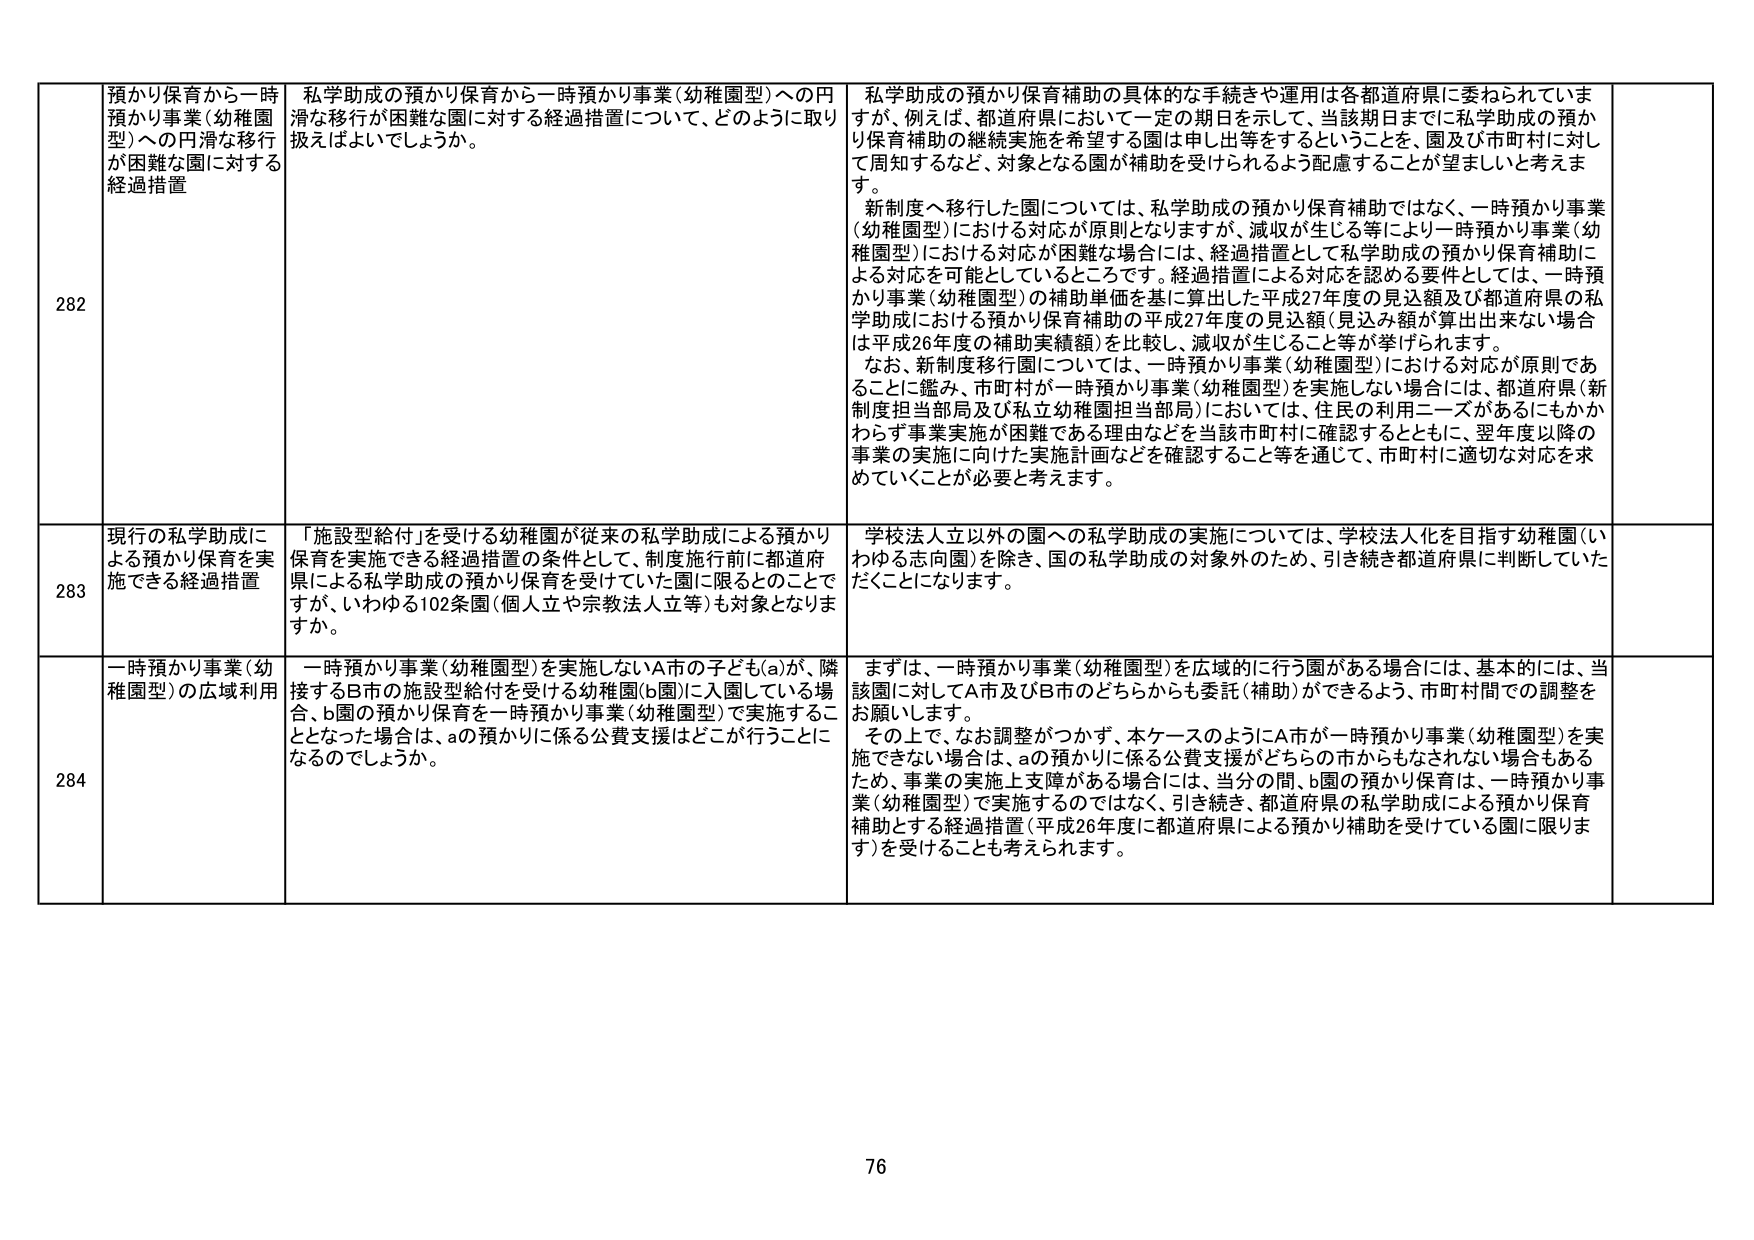
282 預かり保育から一時預かり事業（幼稚園型）への円滑な移行が困難な園に対する経過措置
私学助成の預かり保育から一時預かり事業（幼稚園型）への円滑な移行が困難な園に対する経過措置について、どのように取り扱えばよいでしょうか。
私学助成の預かり保育補助の具体的な手続きや運用は各都道府県に委ねられていま すが、例えば、都道府県において一定の期日を示して、当該期日までに私学助成の預か り保育補助の継続実施を希望する園は申し出等をするということを、園及び市町村に対し て周知するなど、対象となる園が補助を受けられるよう配慮することが望ましいと考えま す。
新制度へ移行した園については、私学助成の預かり保育補助ではなく、一時預かり事業 （幼稚園型）における対応が原則となりますが、減収が生じる等により一時預かり事業（幼 稚園型）における対応が困難な場合には、経過措置として私学助成の預かり保育補助に よる対応を可能としているところです。経過措置による対応を認める要件としては、一時預 かり事業（幼稚園型）の補助単価を基に算出した平成27年度の見込額及び都道府県の私 学助成における預かり保育補助の平成27年度の見込額（見込み額が算出されない場合 は平成26年度の補助実績額）を比較し、減収が生じること等が挙げられます。
なお、新制度移行園については、一時預かり事業（幼稚園型）における対応が原則であ ることに鑑み、市町村が一時預かり事業（幼稚園型）を実施しない場合には、都道府県（新 制度担当部局及び私立幼稚園担当部局）においては、住民の利用ニーズがあるにもかか わらず事業実施が困難である理由などを当該市町村に確認するとともに、翌年度以降の 事業の実施に向けた実施計画などを確認すること等を通じて、市町村に適切な対応を求 めていくことが必要と考えます。

283 現行の私学助成による預かり保育を実施できる経過措置
「施設型給付」を受ける幼稚園が従来の私学助成による預かり保育を実施できる経過措置の条件として、制度施行前に都道府県による私学助成の預かり保育を受けていた園に限るとのことで すが、いわゆる102条園（個人立や宗教法人立等）も対象となりますか。
学校法人立以外の園への私学助成の実施については、学校法人化を目指す幼稚園（い わゆる志向園）を除き、国の私学助成の対象外のため、引き続き都道府県に判断していただ くことになります。

284 一時預かり事業（幼稚園型）の広域利用
一時預かり事業（幼稚園型）を実施しないA市の子ども(a)が、隣接するB市の施設型給付を受ける幼稚園(b園)に入園している場合、b園の預かり保育を一時預かり事業（幼稚園型）で実施することとなった場合は、aの預かりに係る公費支援はどこが行うことになるのでしょうか。
まずは、一時預かり事業（幼稚園型）を広域的に行う園がある場合には、基本的には、当 該園に対してA市及びB市のどちらからも委託（補助）ができるよう、市町村間での調整を お願いします。
その上で、なお調整がつかず、本ケースのようにA市が一時預かり事業（幼稚園型）を実 施できない場合は、aの預かりに係る公費支援がどちらの市からもなされない場合もある ため、事業の実施上支障がある場合には、当分の間、b園の預かり保育は、一時預かり事 業（幼稚園型）で実施するのではなく、引き続き、都道府県の私学助成による預かり保育 補助とする経過措置（平成26年度に都道府県による預かり補助を受けている園に限ります）を受けることも考えられます。

76